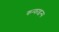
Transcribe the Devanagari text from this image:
कन्फाइन्स